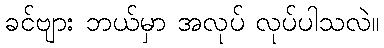
ခင်ဗျား ဘယ်မှာ အလုပ် လုပ်ပါသလဲ။